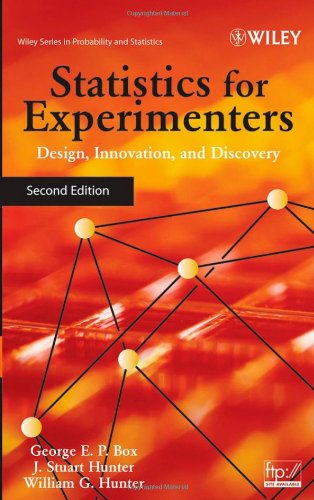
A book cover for Statistics for Experimenters: Design, Innovation, and Discovery, 2nd Edition; George E. P. Box; Science & Math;